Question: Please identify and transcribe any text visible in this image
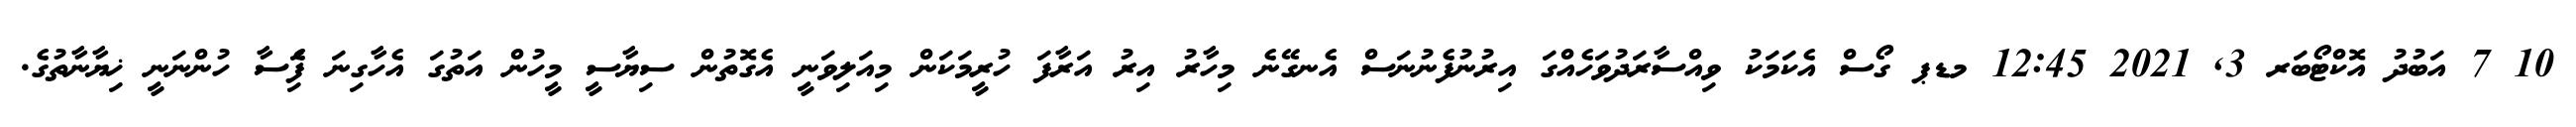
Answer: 10 7 އަބުދު އޮކްޓޯބަރ 3, 2021 12:45 މޑޕ ގޯސް އެކަމަކު ވިއްސާރަދުވަހެއްގަ އިރުނުފެނުނަސް އެނގޭނެ މިހާރު އިރު އަރާފަ ހުރީމަކަން މިއަލިވަނީ އެގޮތުން ސިޔާސީ މީހުން އަތުގަ އެހާގިނަ ފަެިސާ ހުންނަނީ ޚިޔާނާތުގެ.